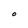
Character: O